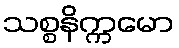
သစ္စနိက္ကမော